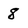
Character: 8